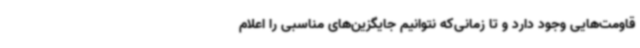
قاومت‌هایی وجود دارد و تا زمانی‌که نتوانیم جایگزین‌های مناسبی را اعلام